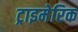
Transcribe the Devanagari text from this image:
ट्राइमेरिक